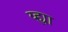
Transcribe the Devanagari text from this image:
य्ह्या